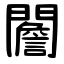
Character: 䦲